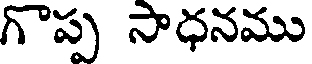
గొప్ప సాధనము